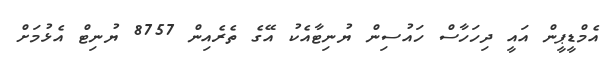
އެމްޑީޕީން އައީ ދިހަހާސް ހައުސިން ޔުނިޓާއެކު އޭގެ ތެރެއިން 8757 ޔުނިޓް އެޅުމަށް